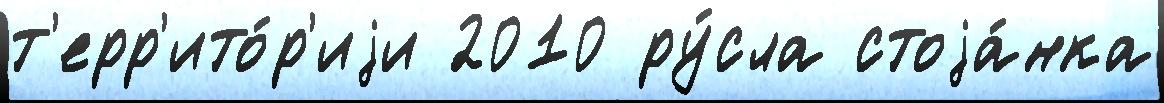
т'ерр'ито́р'иjи 2010 ру́сла стоjа́нка